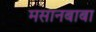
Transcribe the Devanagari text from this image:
मसानबाबा